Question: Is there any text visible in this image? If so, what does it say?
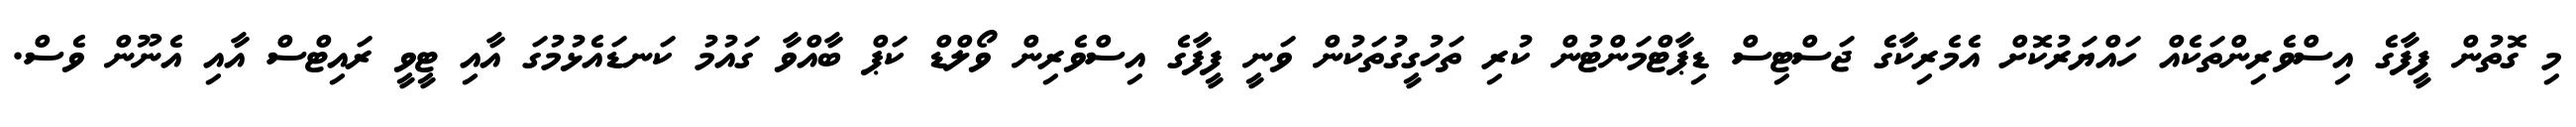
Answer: މި ގޮތުން ފީފާގެ އިސްވެރިންތަކެއް ހައްޔަރުކޮށް އެމެރިކާގެ ޖަސްޓިސް ޑިޕާޓްމަންޓުން ކުރި ތަހުގީގުތަކުން ވަނީ ފީފާގެ އިސްވެރިން ވޯލްޑް ކަޕް ބާއްވާ ގައުމު ކަނޑައެޅުމުގަ އާއި ޓީވީ ރައިޓްސް އާއި އެނޫން ވެސް.